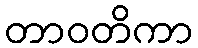
တာဝတိကာ